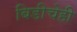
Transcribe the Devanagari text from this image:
बिडीचेही